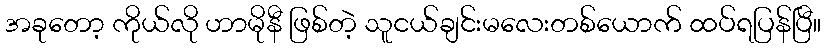
အခုတော့ ကိုယ်လို ဟာမိုနီ ဖြစ်တဲ့ သူငယ်ချင်းမလေးတစ်ယောက် ထပ်ရပြန်ပြီ။